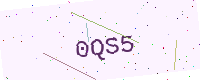
Text: 0QS5